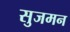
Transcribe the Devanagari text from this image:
सुजमन